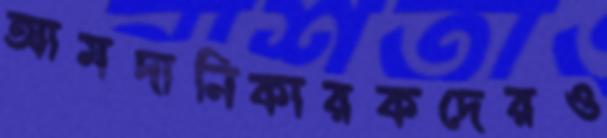
আমদানিকারকদেরও